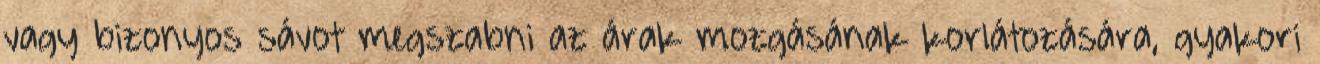
vagy bizonyos sávot megszabni az árak mozgásának korlátozására, gyakori